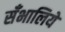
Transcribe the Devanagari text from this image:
सँभालिये